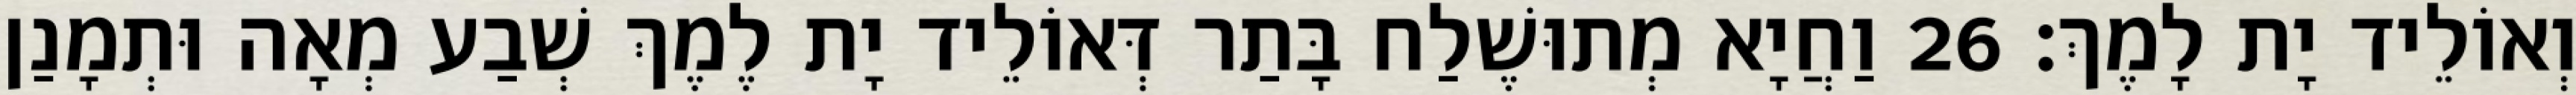
וְאוֹלֵיד יָת לָמֶךְ׃ 26 וַחֲיָא מְתוּשֶׁלַח בָּתַר דְּאוֹלֵיד יָת לֶמֶךְ שְׁבַע מְאָה וּתְמָנַן